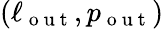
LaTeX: (\ell_{\mathrm{~o~u~t~}},p_{\mathrm{~o~u~t~}})